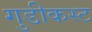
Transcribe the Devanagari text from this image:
गुडीकस्ट